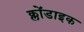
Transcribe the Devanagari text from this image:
क्लोंडाइक